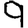
Digit: 9